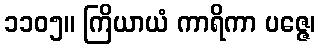
၁၁၀၅။ ကြိယာယံ ကာရိကာ ပဇ္ဇေ၊